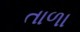
તાળા